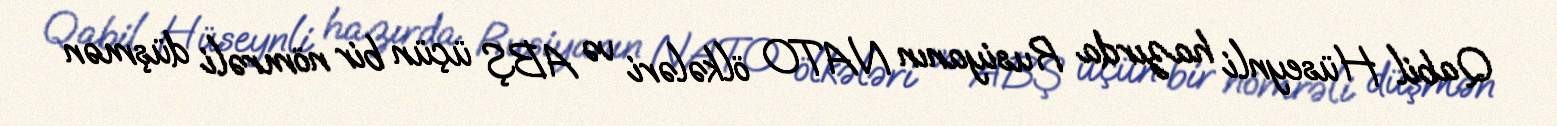
Qabil Hüseynli hazırda Rusiyanın NATO ölkələri və ABŞ üçün bir nömrəli düşmən